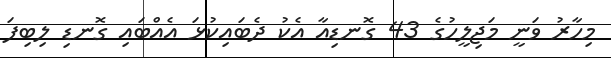
މިހާރު ވަނީ މަޖިލީހުގެ 43 ގޮނޑިއާ އެކު ދެބައިކުޅަ އެއްބައި ގޮނޑި ލިބިފަ